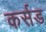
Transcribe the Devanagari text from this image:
कर्सड